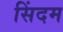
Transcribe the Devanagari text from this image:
सिंदम